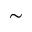
\sim